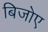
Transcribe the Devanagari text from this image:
बिजोए